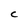
Character: c